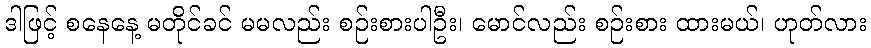
ဒါဖြင့် စနေနေ့ မတိုင်ခင် မမလည်း စဉ်းစားပါဦး၊ မောင်လည်း စဉ်းစား ထားမယ်၊ ဟုတ်လား